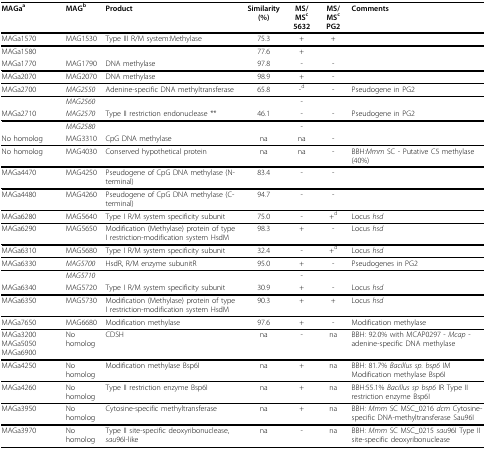
<table><thead><tr><td><b>MAGa<sup>a</sup></b></td><td><b>MAG<sup>b</sup></b></td><td><b>Product</b></td><td><b>Similarity (%)</b></td><td><b>MS/MS<sup>c </sup>5632</b></td><td><b>MS/MS<sup>c </sup>PG2</b></td><td><b>Comments</b></td></tr></thead><tbody><tr><td>MAGa1570</td><td>MAG1530</td><td>Type III R/M system:Methylase</td><td>75.3</td><td>+</td><td>+</td><td></td></tr><tr><td>MAGa1580</td><td></td><td></td><td>77.6</td><td>+</td><td></td><td></td></tr><tr><td>MAGa1770</td><td>MAG1790</td><td>DNA methylase</td><td>97.8</td><td>-</td><td>-</td><td></td></tr><tr><td>MAGa2070</td><td>MAG2070</td><td>DNA methylase</td><td>98.9</td><td>+</td><td>-</td><td></td></tr><tr><td>MAGa2700</td><td><i>MAG2550</i></td><td>Adenine-specific DNA methyltransferase</td><td>65.8</td><td>-<sup>d</sup></td><td>-</td><td>Pseudogene in PG2</td></tr><tr><td></td><td><i>MAG2560</i></td><td></td><td></td><td>-</td><td></td><td></td></tr><tr><td>MAGa2710</td><td><i>MAG2570</i></td><td>Type II restriction endonuclease **</td><td>46.1</td><td>-</td><td>-</td><td>Pseudogene in PG2</td></tr><tr><td></td><td><i>MAG2580</i></td><td></td><td></td><td>-</td><td></td><td></td></tr><tr><td>No homolog</td><td>MAG3310</td><td>CpG DNA methylase</td><td>na</td><td>na</td><td>-</td><td></td></tr><tr><td>No homolog</td><td>MAG4030</td><td>Conserved hypothetical protein</td><td>na</td><td>na</td><td>-</td><td>BBH:<i>Mmm </i>SC - Putative C5 methylase (40%)</td></tr><tr><td>MAGa4470</td><td>MAG4250</td><td>Pseudogene of CpG DNA methylase (N-terminal)</td><td>83.4</td><td>-</td><td>-</td><td></td></tr><tr><td>MAGa4480</td><td>MAG4260</td><td>Pseudogene of CpG DNA methylase (C-terminal)</td><td>94.7</td><td>-</td><td>-</td><td></td></tr><tr><td>MAGa6280</td><td>MAG5640</td><td>Type I R/M system specificity subunit</td><td>75.0</td><td>-</td><td>+<sup>d</sup></td><td>Locus <i>hsd</i></td></tr><tr><td>MAGa6290</td><td>MAG5650</td><td>Modification (Methylase) protein of type I restriction-modification system HsdM</td><td>98.3</td><td>+</td><td>-</td><td>Locus <i>hsd</i></td></tr><tr><td>MAGa6310</td><td>MAG5680</td><td>Type I R/M system specificity subunit</td><td>32.4</td><td>-</td><td>+<sup>d</sup></td><td>Locus <i>hsd</i></td></tr><tr><td>MAGa6330</td><td><i>MAG5700</i></td><td>HsdR, R/M enzyme subunitR</td><td>95.0</td><td>+</td><td>-</td><td>Pseudogenes in PG2</td></tr><tr><td></td><td><i>MAG5710</i></td><td></td><td></td><td>-</td><td></td><td></td></tr><tr><td>MAGa6340</td><td>MAG5720</td><td>Type I R/M system specificity subunit</td><td>30.9</td><td>+</td><td>-</td><td>Locus <i>hsd</i></td></tr><tr><td>MAGa6350</td><td>MAG5730</td><td>Modification (Methylase) protein of type I restriction-modification system HsdM</td><td>90.3</td><td>+</td><td>+</td><td>Locus <i>hsd</i></td></tr><tr><td>MAGa7650</td><td>MAG6680</td><td>Modification methylase</td><td>97.6</td><td>+</td><td>-</td><td>Modification methylase</td></tr><tr><td>MAGa3200 MAGa5050 MAGa6900</td><td>No homolog</td><td>CDSH</td><td>na</td><td>-</td><td>na</td><td>BBH: 92.0% with MCAP0297 - <i>Mcap </i>- adenine-specific DNA methylase</td></tr><tr><td>MAGa4250</td><td>No homolog</td><td>Modification methylase Bsp6I</td><td>na</td><td>+</td><td>na</td><td>BBH: 81.7% <i>Bacillus sp. bsp6 </i>IM Modification methylase Bsp6I</td></tr><tr><td>MAGa4260</td><td>No homolog</td><td>Type II restriction enzyme Bsp6I</td><td>na</td><td>+</td><td>na</td><td>BBH:55.1% <i>Bacillus sp bsp6 </i>IR Type II restriction enzyme Bsp6I</td></tr><tr><td>MAGa3950</td><td>No homolog</td><td>Cytosine-specific methyltransferase</td><td>na</td><td>+</td><td>na</td><td>BBH: <i>Mmm </i>SC MSC_0216 <i>dcm </i>Cytosine-specific DNA-methyltransferase Sau96I</td></tr><tr><td>MAGa3970</td><td>No homolog</td><td>Type II site-specific deoxyribonuclease, <i>sau</i>96I-like</td><td>na</td><td>-</td><td>na</td><td>BBH: <i>Mmm </i>SC MSC_0215 <i>sau</i>96I Type II site-specific deoxyribonuclease</td></tr></tbody></table>